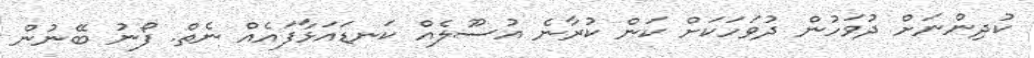
ކުދިންނަށް ދުވަހުން ދުވަހަކަށް ކަން ކުރާނެ އުސޫލެއް ކަނޑައަޅާފައެއް ނެތް. ފޯނު ބޭނުން